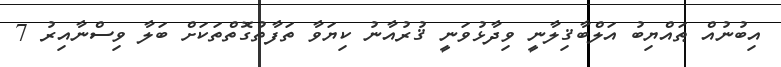
އިބުނުއް ޠައްޔިބު އަލްބާޤިލާނީ ވިދާޅުވަނީ ޤުރުއާނު ކިޔަވާ ތަފާތުގޮތްތަކަށް ބަލާ ވިސްނާއިރު 7